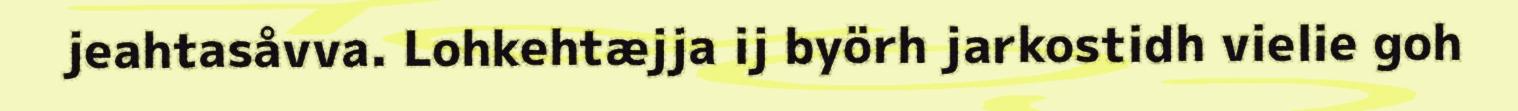
jeahtasåvva. Lohkehtæjja ij byörh jarkostidh vielie goh